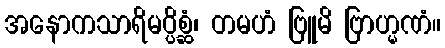
အနောကသာရိမပ္ပိစ္ဆံ၊ တမဟံ ဗြူမိ ဗြာဟ္မဏံ။